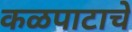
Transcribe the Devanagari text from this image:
कळपाटाचे